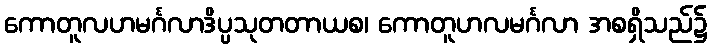
ကောတူလဟမင်္ဂလာဒိပ္ပသုတတာယစ၊ ကောတူဟလမင်္ဂလာ အစရှိသည်၌